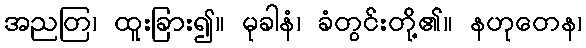
အညတြ၊ ထူးခြား၍။ မုခါနံ၊ ခံတွင်းတို့၏။ နဟုတေန၊